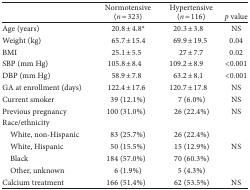
|  | Normotensive(n = 323) | Hypertensive(n = 116) | p value |
 | --- | --- | --- | --- |
 | Age (years) | 20.8 ± 4.8* | 20.3 ± 3.8 | NS |
 | Weight (kg) | 65.7 ± 15.4 | 69.9 ± 19.5 | 0.04 |
 | BMI | 25.1 ± 5.5 | 27 ± 7.7 | 0.02 |
 | SBP (mm Hg) | 105.8 ± 8.4 | 109.2 ± 8.9 | <0.001 |
 | DBP (mm Hg) | 58.9 ± 7.8 | 63.2 ± 8.1 | <0.001 |
 | GA at enrollment (days) | 122.4 ± 17.6 | 120.7 ± 17.8 | NS |
 | Current smoker | 39 (12.1%) | 7 (6.0%) | NS |
 | Previous pregnancy | 100 (31.0%) | 26 (22.4%) | NS |
 | <COLSPAN=4> Race/ethnicity |
 | White, non-Hispanic | 83 (25.7%) | 26 (22.4%) |  |
 | White, Hispanic | 50 (15.5%) | 15 (12.9%) | NS |
 | Black | 184 (57.0%) | 70 (60.3%) |  |
 | Other, unknown | 6 (1.9%) | 5 (4.3%) |  |
 | Calcium treatment | 166 (51.4%) | 62 (53.5%) | NS |